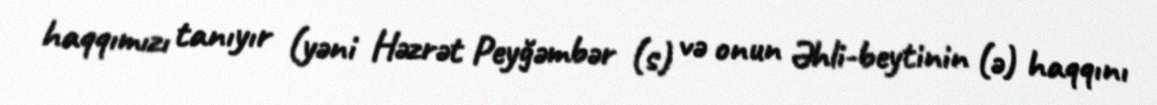
haqqımızı tanıyır (yəni Həzrət Peyğəmbər (s) və onun Əhli-beytinin (ə) haqqını